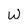
Character: W